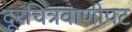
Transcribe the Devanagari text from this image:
दूरचित्रवाणीपट